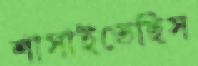
শাসাইতেছিস